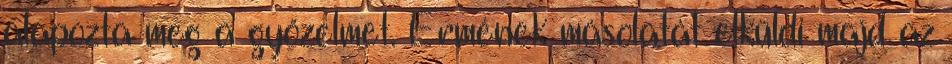
alapozta meg a győzelmet. Érmének másolatát elküldi majd az